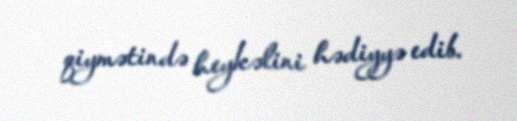
qiymətində heykəlini hədiyyə edib.